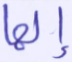
إلها